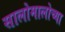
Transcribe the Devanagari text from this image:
सालोमालोच्या